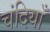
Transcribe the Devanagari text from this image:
चंदियाँ